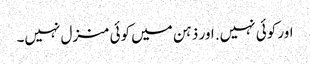
اور کوئی نہیں. اور ذہن میں کوئی منزل نہیں۔